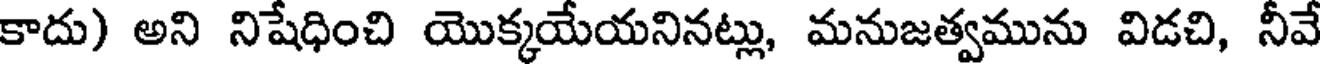
కాదు) అని నిషేధించి యొక్కయేయనినట్లు, మనుజత్వమును విడచి, నీవే